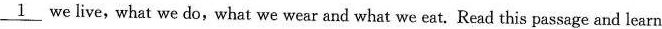
\underline{1} we live, what we do, what we wear and what we eat. Read this passage and learn